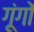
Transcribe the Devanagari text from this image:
गूंगों